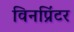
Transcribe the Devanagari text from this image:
विनप्रिंटर